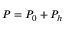
P = P _ { 0 } + P _ { h }